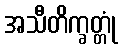
အသီတိက္ခတ္တုံ